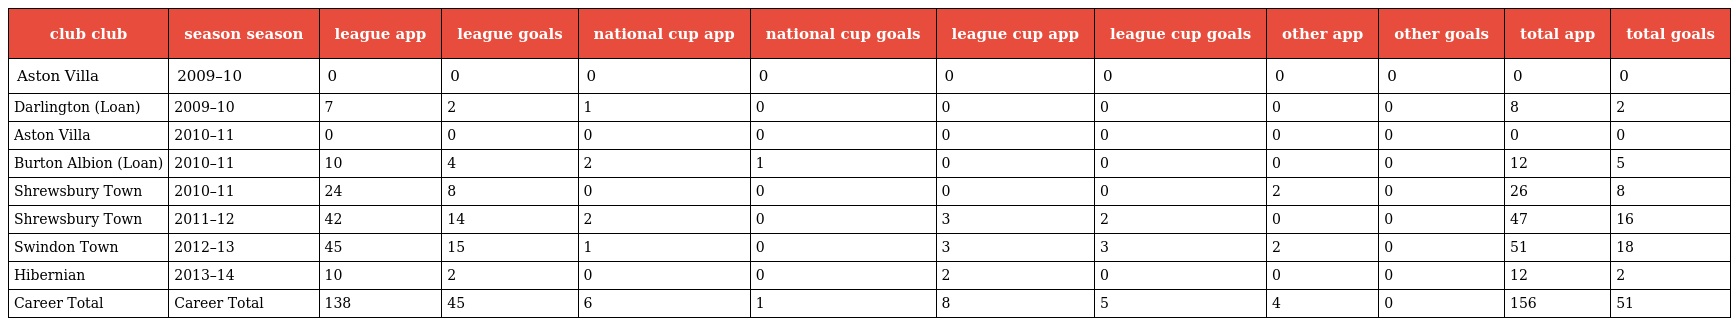
| club club | season season | league app | league goals | national cup app | national cup goals | league cup app | league cup goals | other app | other goals | total app | total goals |
 | --- | --- | --- | --- | --- | --- | --- | --- | --- | --- | --- | --- |
 | Aston Villa | 2009–10 | 0 | 0 | 0 | 0 | 0 | 0 | 0 | 0 | 0 | 0 |
 | Darlington (Loan) | 2009–10 | 7 | 2 | 1 | 0 | 0 | 0 | 0 | 0 | 8 | 2 |
 | Aston Villa | 2010–11 | 0 | 0 | 0 | 0 | 0 | 0 | 0 | 0 | 0 | 0 |
 | Burton Albion (Loan) | 2010–11 | 10 | 4 | 2 | 1 | 0 | 0 | 0 | 0 | 12 | 5 |
 | Shrewsbury Town | 2010–11 | 24 | 8 | 0 | 0 | 0 | 0 | 2 | 0 | 26 | 8 |
 | Shrewsbury Town | 2011–12 | 42 | 14 | 2 | 0 | 3 | 2 | 0 | 0 | 47 | 16 |
 | Swindon Town | 2012–13 | 45 | 15 | 1 | 0 | 3 | 3 | 2 | 0 | 51 | 18 |
 | Hibernian | 2013–14 | 10 | 2 | 0 | 0 | 2 | 0 | 0 | 0 | 12 | 2 |
 | Career Total | Career Total | 138 | 45 | 6 | 1 | 8 | 5 | 4 | 0 | 156 | 51 |